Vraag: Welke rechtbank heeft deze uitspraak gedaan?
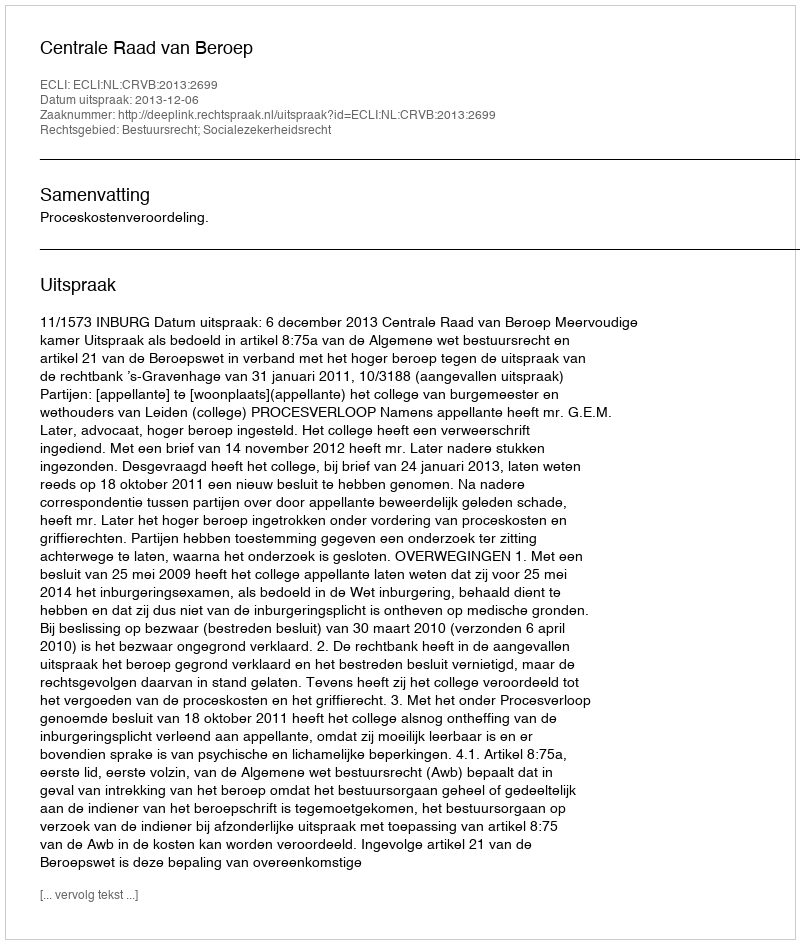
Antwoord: Centrale Raad van Beroep